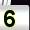
Digit: 5